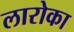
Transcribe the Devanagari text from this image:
लारोका